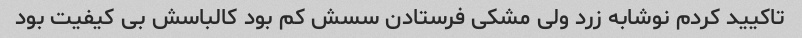
تاکیید کردم نوشابه زرد ولی مشکی فرستادن سسش کم بود کالباسش بی کیفیت بود